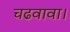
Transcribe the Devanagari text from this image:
चढवावा।